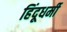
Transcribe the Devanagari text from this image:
हिंदूधर्मी